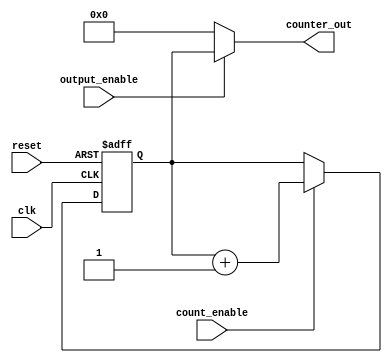
module synchronous_counter (
    input wire clk,               // Clock input
    input wire reset,             // Asynchronous reset input
    input wire count_enable,      // Count enable input
    input wire output_enable,      // Output enable input
    output reg [3:0] counter_out   // 4-bit counter output
);

    // Counter state register
    reg [3:0] counter_state;

    // Asynchronous reset and counting logic
    always @(posedge clk or posedge reset) begin
        if (reset) begin
            counter_state <= 4'b0000; // Reset to initial state (0)
        end else if (count_enable) begin
            counter_state <= counter_state + 1; // Increment counter
        end
    end

    // Output control logic
    always @(*) begin
        if (output_enable) begin
            counter_out = counter_state; // Output current counter value
        end else begin
            counter_out = 4'b0000; // Default output state (0)
        end
    end

endmodule